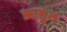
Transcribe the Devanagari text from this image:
आहुत